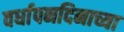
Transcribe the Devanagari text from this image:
वर्धापनदिनाच्या